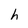
Character: h